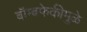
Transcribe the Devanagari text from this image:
बॉम्बफेकीमुळे